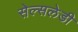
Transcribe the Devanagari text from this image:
सेल्सलेडी